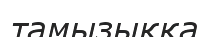
тамызыққа